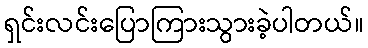
ရှင်းလင်းပြောကြားသွားခဲ့ပါတယ်။